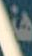
هنا